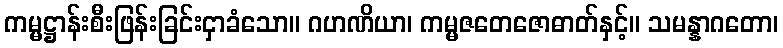
ကမ္မဋ္ဌာန်းစီးဖြန်းခြင်းငှာခံသော။ ဂဟဏိယာ၊ ကမ္မဇတေဇောဓာတ်နှင့်။ သမန္နာဂတော၊